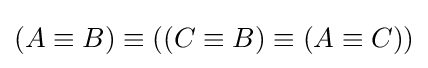
(A\equiv B)\equiv ((C\equiv B)\equiv (A\equiv C))